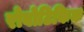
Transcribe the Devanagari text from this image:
रोबोटिकिक